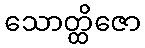
သောတ္ထိဇော